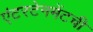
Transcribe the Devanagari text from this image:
एंटरटेनमेंटची